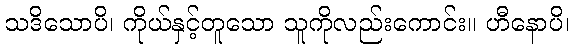
သဒိသောပိ၊ ကိုယ်နှင့်တူသော သူကိုလည်းကောင်း။ ဟီနောပိ၊